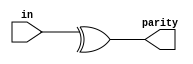
module top_module (
    input [7:0] in,
    output parity); 


    // even partity
    assign parity = ^in;

endmodule